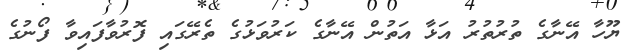
ޔޫހާ އޭނާގެ ތުރުތުރު އަޅާ އަތުން އޭނާގެ ކަރުވަޅުގެ ތެރޭގައި ފޮރުވާފައިވާ ފޯނުގެ